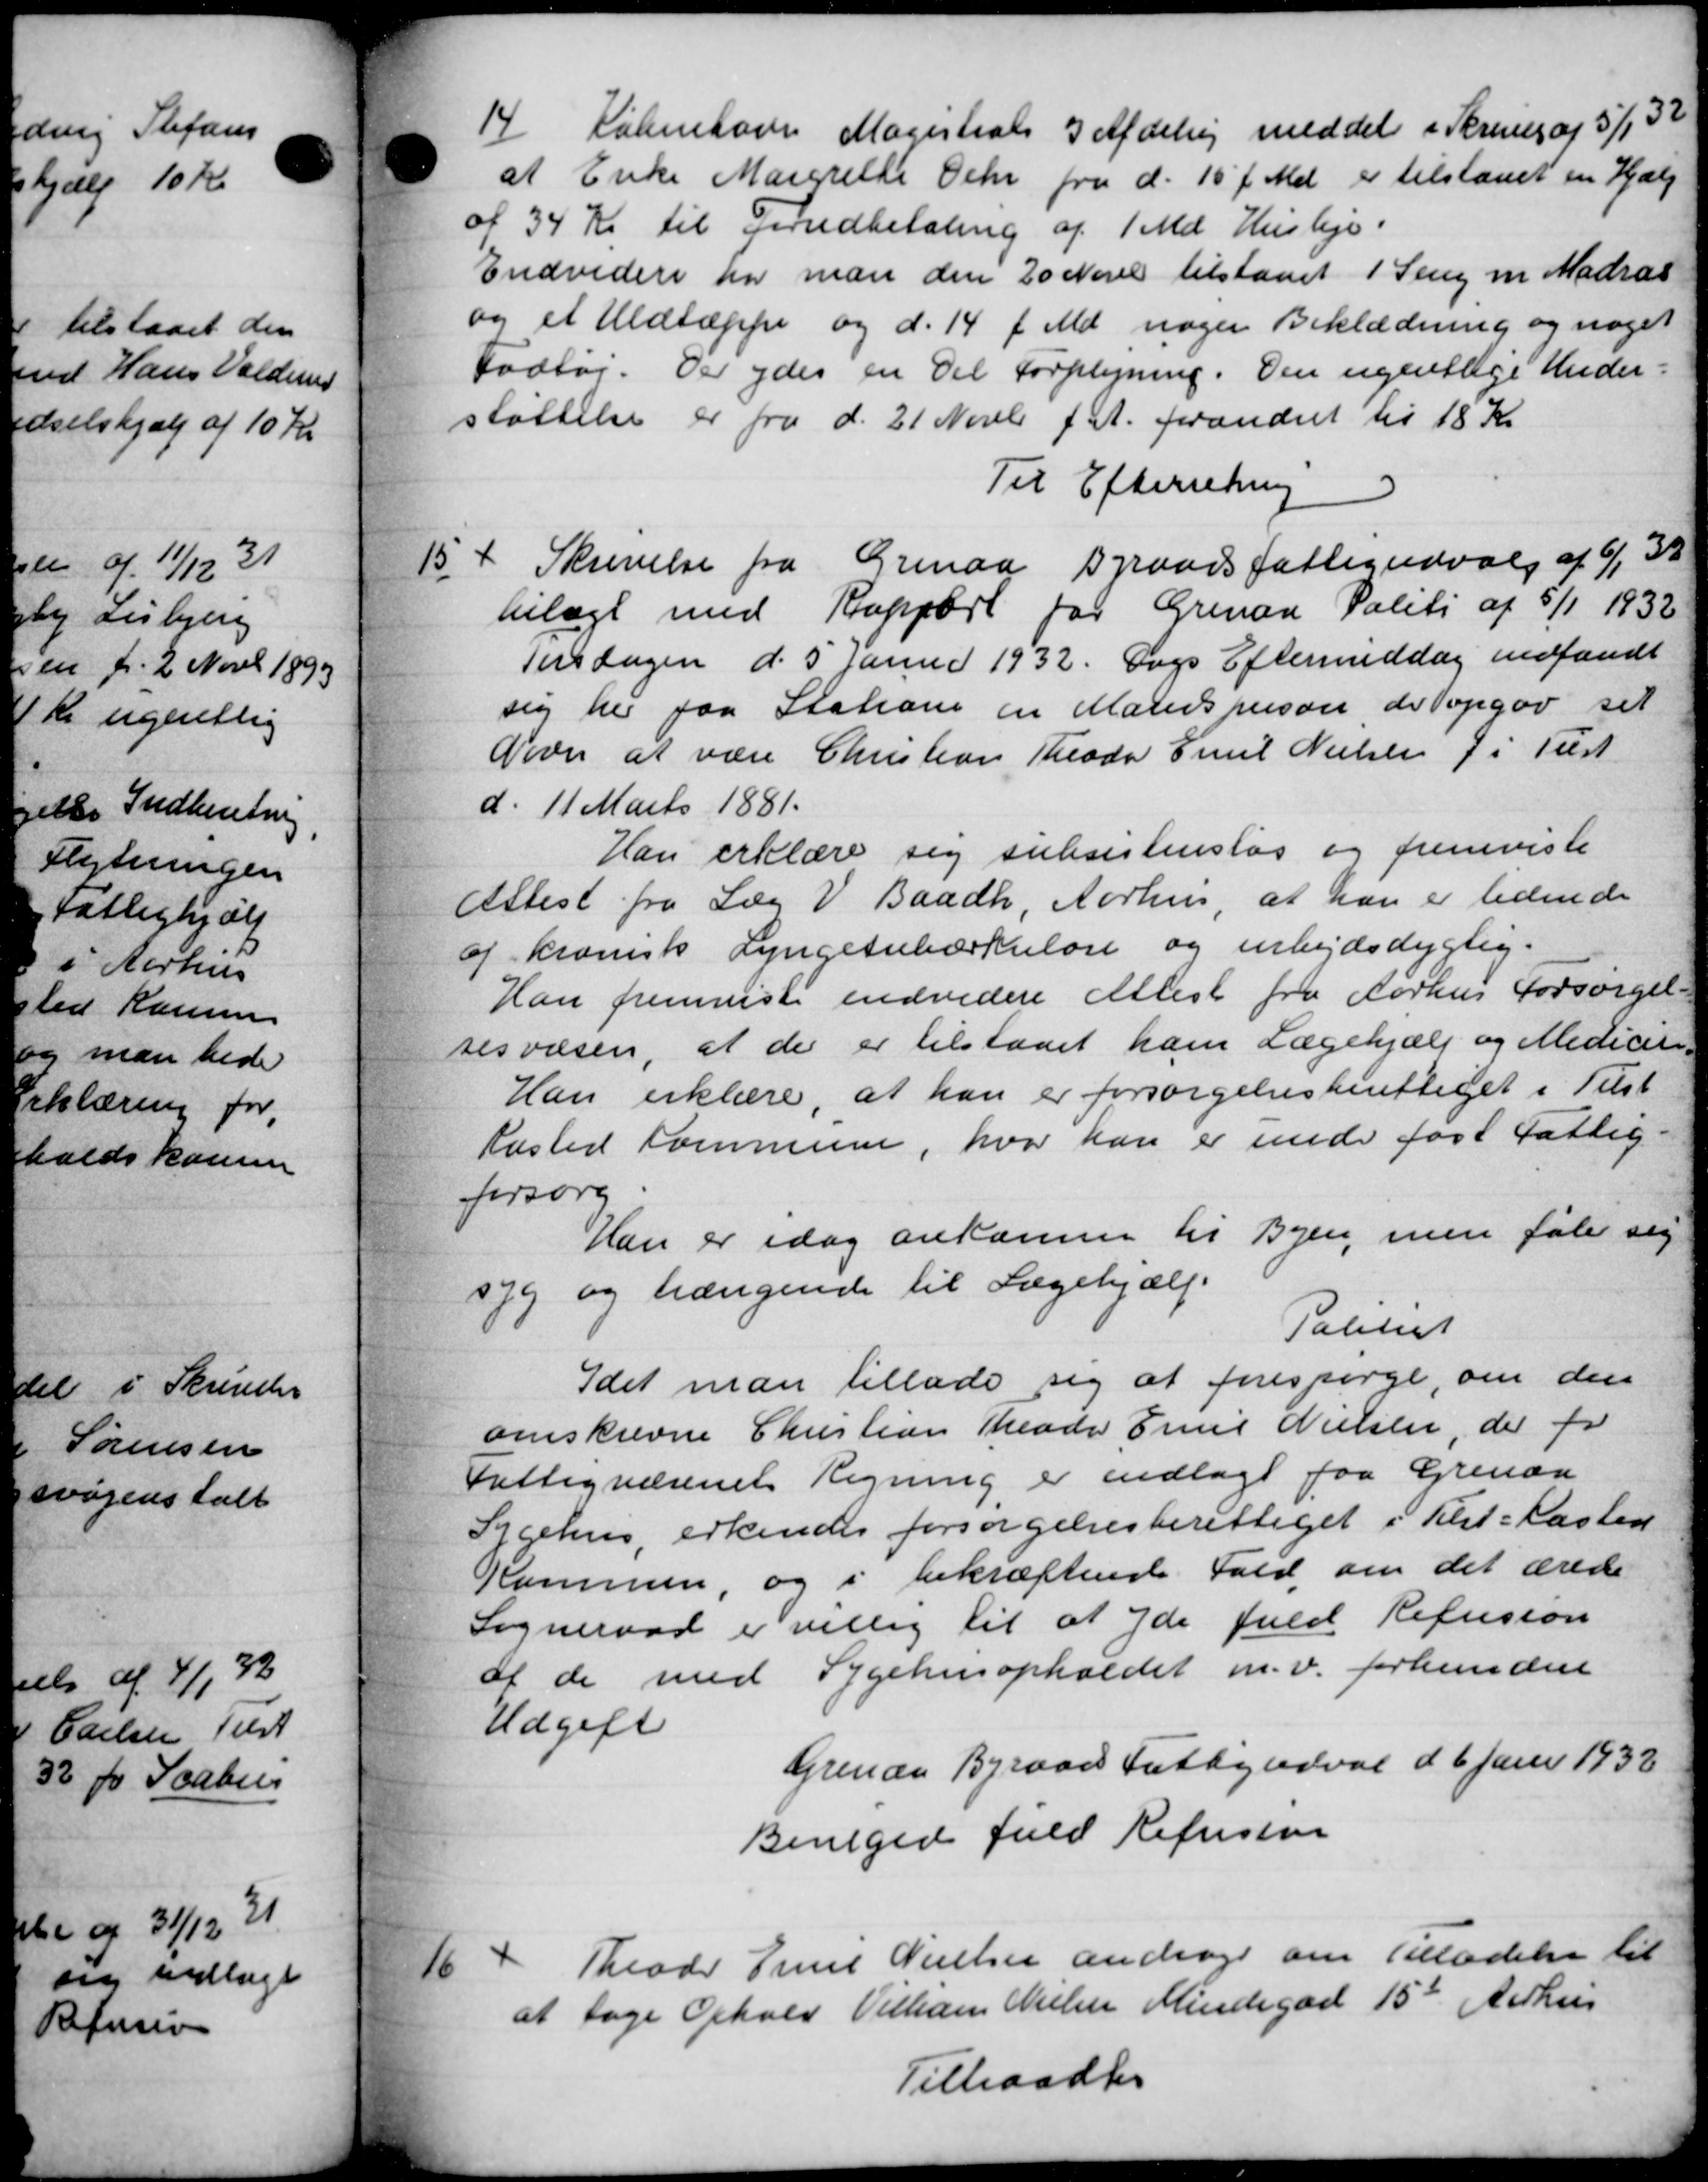
Transskription:
14
København Magistrats 3 Afdeling meddel i Skrives af 5/1 32
at Enke Margrethe Oehr fra d. 15' f. Md. er tilstaaet en Hjælp
af 34 Kr til Sundbetaling af 1 Md Husleje.
Endvidere har man den 20 Nove tilstaaet 1 Seng m. Madras
og et Uldtæppe og d. 14 f. Md. nogen Beklædning og noget
Fodtøj. Der ydes en Del Forplejning. Den ugentlige Under-
støttelse er fra d. 21 Novbr f.A. forandret til 18 Kr
Til Efterretning
15
Skrivelse fra Grenaa Byraadsfattigudvalg af 6/1 33
bilagt med Rapport for Grenaa Politi af 5/1 1932
Tirsdagen d. 5 Januar 1932. Dogs Eftermiddag indfandt
sig her paa Statione en Malersperson de opgør sit
Dover at være Christian Theodor Emil Nielsen f i Test
d. 11 Marts 1881.
Han erklære sig subsistensløs og fremviste
Attest fra Læg V Baadh, Aarhus, at han er tidende
og kronisk Lyngetuberkulose og arbejdsdygtig.
Han fremviste endvidere Attest fra Aarhus Forsørgel-
sesvæsen, at der er tilstaaet ham Lægehjælp og Medicin-
Han erklære, at han er forsørgelsesberettiget i Tilst
Kasted Kommune, hvor han er unde ført Fattig-
forsorg.
Han er idag ankomme til Byen, men fale sig
379 og trængende til Lægehjælp
Politiet
Idet man tillade sig at forespørge, om den
omskrevne Christian Theodor Emil Nielsen, der for
Fattigvæsenet Regning er indlagt paa Grenaa
Sygehus, erkendes forsørgelsesberettiget i Tilst-Kasted
Kommune, og i bekræftende Fald om det ærede
Sogneraad er villig til at yde fuld Refusion
af de med Sygehusopholdet m.v. forbundene
Udgift
Grenaa Byraads Fattigudval d. 6 Juni 1932
Bevilgede fuld Refusion
16
Theodor Emil Nielsen andrager om Tilladelse til
at tage Ophold Vilhan Nielsen Mindegade 15de Aarhus
Tiltraadtes